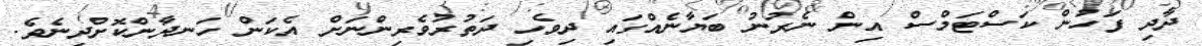
ދާދި ފަހުން ކަސްޓަމްސް އިން ނެރުނު ބަޔާނެއްގައި ދިވެހި ދަތުރުވެރިންނަށް އެކަން ހަނދާންކޮށްދިނެވެ.